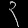
Digit: ၃